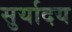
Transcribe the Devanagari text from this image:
सुर्यादय